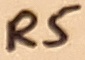
Text: R5